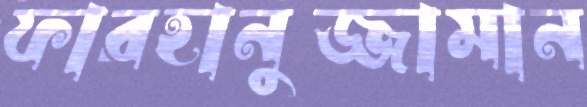
ফারহানুজ্জামান